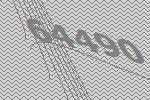
64490